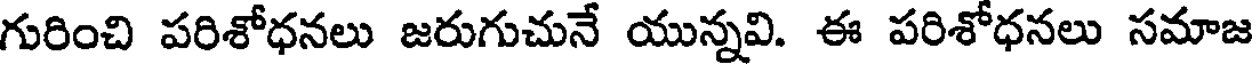
గురించి పరిశోధనలు జరుగుచునే యున్నవి. ఈ పరిశోధనలు సమాజ